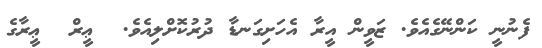
ފެނުނީ ކަންނޭގެއެވެ. ޒަވީން އީރާ އެހަށިގަނޑާ ދުރުކޮށްލިއެވެ.  ޢީރް  ޢީރާގެ